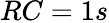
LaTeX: RC=1s